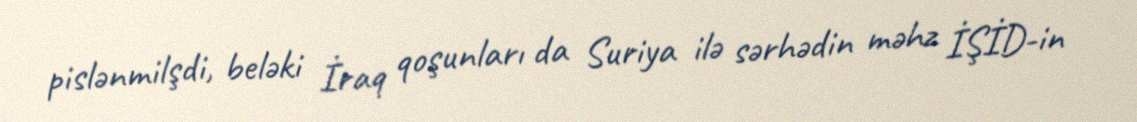
pislənmilşdi, beləki İraq qoşunları da Suriya ilə sərhədin məhz İŞİD-in